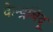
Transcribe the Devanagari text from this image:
केन्द्रबिंदू